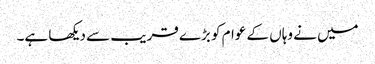
میں نے وہاں کے عوام کو بڑے قریب سے دیکھا ہے۔